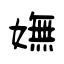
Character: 嫵